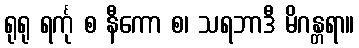
ရုရု ရင်္ကု စ နီကော စ၊ သရဘာဒီ မိဂန္တရာ။